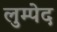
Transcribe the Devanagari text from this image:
लुम्पेद